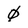
Character: 0